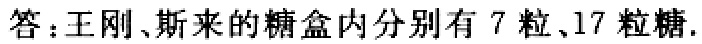
答：王刚、斯来的糖盒内分别有 7 粒、17 粒糖.